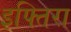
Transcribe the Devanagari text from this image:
इफ्तिरा